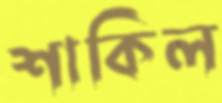
শাকিল